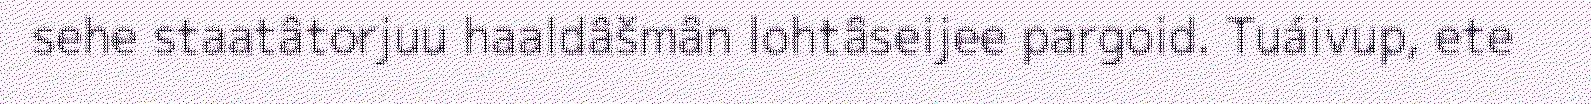
sehe staatâtorjuu haaldâšmân lohtâseijee pargoid. Tuáivup, ete